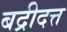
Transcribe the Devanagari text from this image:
बद्रीदत्त